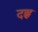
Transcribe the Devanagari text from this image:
दह्ल